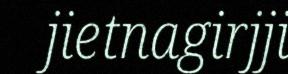
jietnagirjji